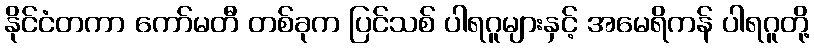
နိုင်ငံတကာ ကော်မတီ တစ်ခုက ပြင်သစ် ပါရဂူများနှင့် အမေရိကန် ပါရဂူတို့